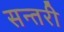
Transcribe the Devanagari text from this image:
सन्तरी